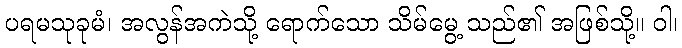
ပရမသုခုမံ၊ အလွန်အကဲသို့ ရောက်သော သိမ်မွေ့ သည်၏ အဖြစ်သို့။ ဝါ၊